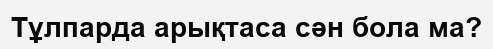
Тұлпарда арықтаса сән бола ма?